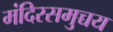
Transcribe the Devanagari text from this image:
मंदिरसमुच्चय